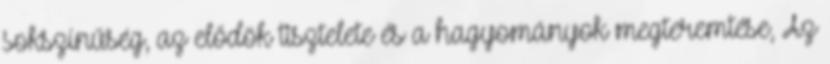
sokszínűség, az elődök tisztelete és a hagyományok megteremtése, Az